Medical and sanitary report on the native army of Bombay for the year
Year: 1879
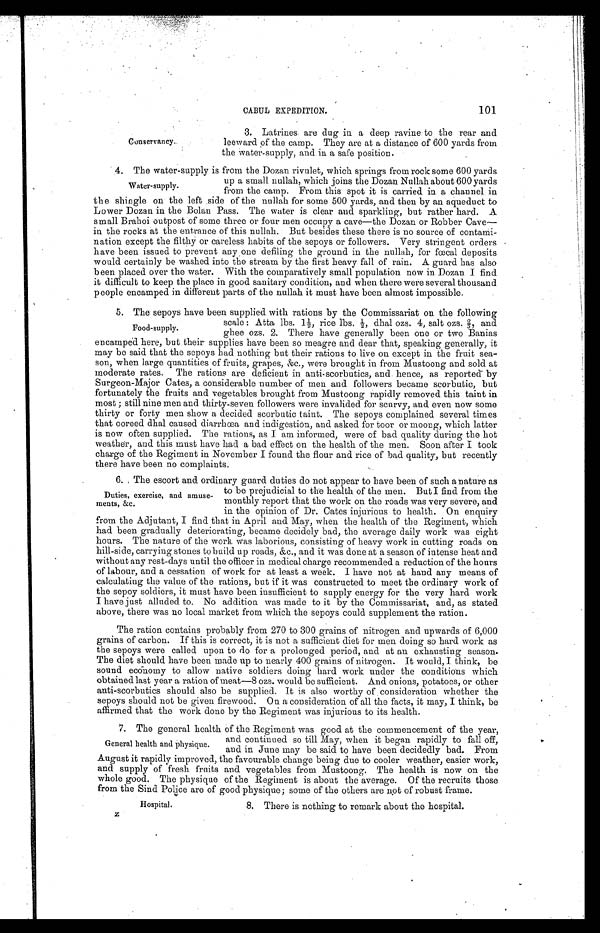
Hospital.
CABUL EXPEDITION.
101
3. Latrines are dug in a deep ravine to the rear and
leeward of the camp. They are at a distance of 600 yards from
the water-supply, and in a safe position.
.4. The water-supply is from the Dozan rivulet, which springs from rock some 600 yards
up a small nullah, which joins the Dozan Nullah about 600 yards
from the camp. From this spot it is carried in a channel in
the shingle on the left side of the nullah for some 500 yards, and then by an aqueduct to
Lower Dozan in the Bolan Pass. The water is clear and sparkling, but rather hard. A
small Brahoi outpost of some three or four men occupy a cave—the Dozan or Robber Cave—
in the rocks at the entrance of this nullah. But besides these there is no source of contami
- n a t i o n e x c e p t t h e f i l t h y o r c a r e l e s s h a b i t s o f t h e s e p o y s o r f o l l o w e r s . V e r y s t r i n g e n t o r d e r s
have been issued to prevent any one defiling the ground in the nullah, for fœcal deposits
would certainly be washed into the stream by the first heavy fall of rain. A guard has also
been placed over the water. With the comparatively small population now in Dozan I find
it difficult to keep the place in good sanitary condition, and when there were several thousand
people encamped in different parts of the nullah it must have been almost impossible.
5 . T h e s e p o y s h a v e b e e n s u p p l i e d w i t h r a t i o n s b y t h e C o m m i s s a r i a t o n t h e f o l l o w i n g
scale: Atta lbs. 1½ rice lbs.½, dhal ozs. 4, salt ozs. ⅔ , a n d
ghee ozs. 2. There have generally been one or two Banias
encamped here, but their supplies have been so meagre and dear that, speaking generally, it
may be said that the sepoys had nothing but their rations to live on except in the fruit sea
- s o n , w h e n l a r g e q u a n t i t i e s o f f r u i t s , g r a p e s , & c . , w e r e b r o u g h t i n f r o m M u s t o o n g a n d s o l d a t
moderate rates. The rations are deficient in anti-scorbutics, and hence, as reported by
Surgeon-Major Cates, a considerable number of men and followers became scorbutic, but
fortunately the fruits and vegetables brought from Mustoong rapidly removed this taint in
most; still nine men and thirty-seven followers were invalided for scurvy, and even now some
thirty or forty men show a decided scorbutic taint. The sepoys complained several times
that ooreed dhal caused diarrhœa and indigestion, and asked for toor or moong, which latter
is now often supplied. The rations, as I am informed, were of bad quality during the hot
weather, and this must have had a bad effect on the health of the men. Soon after I took
charge of the Regiment in November I found the flour and rice of bad quality, but recently
there have been no complaints.
6. The escort and ordinary guard duties do not appear to have been of such a nature as
to be prejudicial to the health of the men. But I find from the
monthly report that the work on the roads was very severe, and
in the opinion of Dr. Cates injurious to health. On enquiry
from the Adjutant, I find that in April and May, when the health of the Regiment, which
had been gradually deteriorating, became decidely bad, the average daily work was eight
hours. The nature of the work was laborious, consisting of heavy work in cutting roads on
hill-side, carrying stones to build up roads, &c., and it was done at a season of intense heat and
without any rest-days until the officer in medical charge recommended a reduction of the hours
of labour, and a cessation of work for at least a week. I have not at hand any means of
calculating the value of the rations, but if it was constructed to meet the ordinary work of
the sepoy soldiers, it must have been insufficient to supply energy for the very hard work
I have just alluded to. No addition was made to it by the Commissariat, and, as stated
above, there was no local market from which the sepoys could supplement the ration.
The ration contains probably from 270 to 300 grains of nitrogen and upwards of 6,000
grains of carbon. If this is correct, it is not a sufficient diet for men doing so hard work as
the sepoys were called upon to do for a prolonged period, and at an exhausting season.
The diet should have been made up to nearly 400 grains of nitrogen. It would, I think, be
sound economy to allow native soldiers doing hard work under the conditions which
obtained last year a ration of meat—8 ozs. would be sufficient. And onions, potatoes, or other
anti-scorbutics should also be supplied. It is also worthy of consideration whether the
sepoys should not be given firewood. On a consideration of all the facts, it may, I think, be
affirmed that the work done by the Regiment was injurious to its health.
7. The general health of the Regiment was good at the commencement of the year,
and continued so till May, when it began rapidly to fall off,
and in June may be said to have been decidedly bad. From
August it rapidly improved, the favourable change being due to cooler weather, easier work,
and supply of fresh fruits and vegetables from Mustoong. The health is now on the
whole good. The physique of the Regiment is about the average. Of the recruits those
from the Sind Police are of good physique; some of the others are not of robust frame.
8. There is nothing to remark about the hospital.
Conservancy..
Water-supply.
Food-supply.
Duties, exercise, and amuse
-ments, &c.
General health and physique.